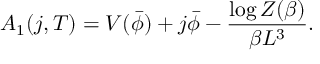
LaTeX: A _ { 1 } ( j , T ) = V ( \bar { \phi } ) + j \bar { \phi } - { \frac { \log Z ( \beta ) } { \beta L ^ { 3 } } } .